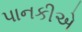
પાનકીએ